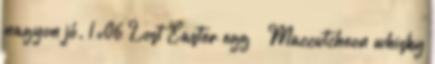
nagyon jó. 1×06 Lost Easter egg – Maccutcheon whisky